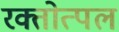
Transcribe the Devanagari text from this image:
रक्तोत्पल